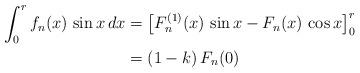
LaTeX: \begin{align*}\int _0^r f_n (x) \, \sin x \, dx&= \left[ F_n^{(1)} (x) \, \sin x - F_n (x) \, \cos x \right]_0^r \\&= \left( 1 - k \right) F_n (0)\end{align*}